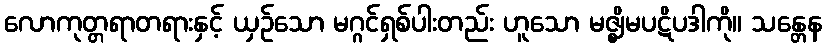
လောကုတ္တရာတရားနှင့် ယှဉ်သော မဂ္ဂင်ရှစ်ပါးတည်း ဟူသော မဇ္ဈိမပဋိပဒါကို။ သန္တေန